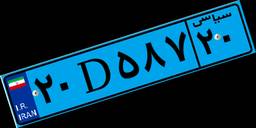
۲۸D۹۶۴۲۷